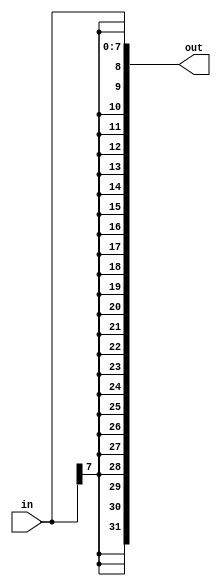
module top_module (
    input [7:0] in,
    output [31:0] out );//
	
    assign out = { {24{in[7]}}, in};
    // in[7], not in[0]n is msb
    // assign out = { replicate-sign-bit , the-input };

endmodule